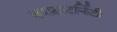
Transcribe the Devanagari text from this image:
काफ्राटर्निटी